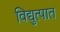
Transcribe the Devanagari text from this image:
विद्युत्पात